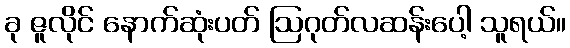
ခု ဇူလိုင် နောက်ဆုံးပတ် ဩဂုတ်လဆန်းပေါ့ သူရယ်။